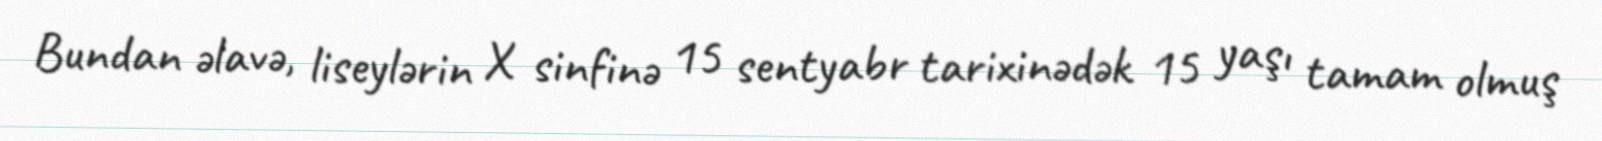
Bundan əlavə, liseylərin X sinfinə 15 sentyabr tarixinədək 15 yaşı tamam olmuş